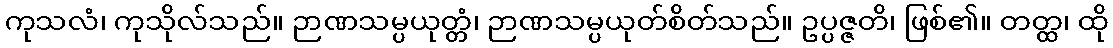
ကုသလံ၊ ကုသိုလ်သည်။ ဉာဏသမ္ပယုတ္တံ၊ ဉာဏသမ္ပယုတ်စိတ်သည်။ ဥပ္ပဇ္ဇတိ၊ ဖြစ်၏။ တတ္ထ၊ ထို